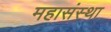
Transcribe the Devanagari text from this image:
महासंस्था